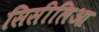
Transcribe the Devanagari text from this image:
सिसीलिआ